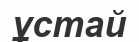
ұстай